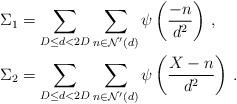
LaTeX: \begin{align*}&\Sigma_1=\sum\limits_{D\leq d<2D}\sum\limits_{n\in \mathcal{N}'(d)}\psi\left(\frac{-n}{d^2}\right)\,,\\&\Sigma_2=\sum\limits_{D\leq d<2D}\sum\limits_{n\in \mathcal{N}'(d)}\psi\left(\frac{X-n}{d^2}\right)\,.\end{align*}